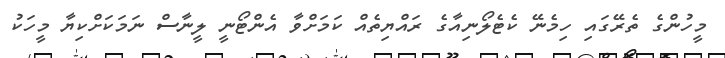
މީހުންގެ ތެރޭގައި ހިމެނޭ ކެޓެލޯނިއާގެ ރައްޔިތެއް ކަމަށްވާ އެންޓޯނީ ލީނާސް ނަމަކަށްކިޔާ މީހަކު